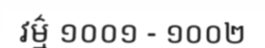
វម៌្ម ១០០១ - ១០០២